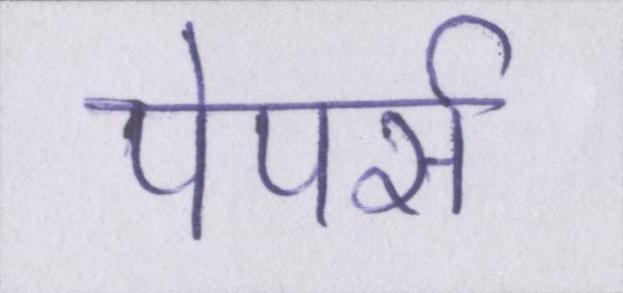
पेपर्स